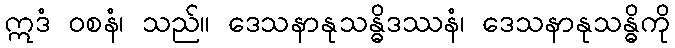
ဣဒံ ဝစနံ၊ သည်။ ဒေသနာနုသန္ဓိဒဿနံ၊ ဒေသနာနုသန္ဓိကို